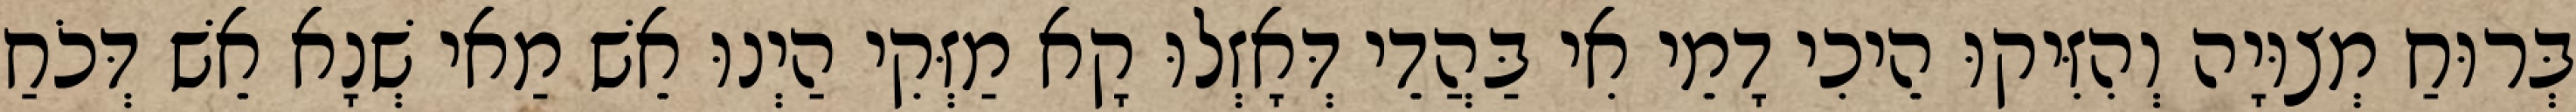
בְּרוּחַ מְצוּיָה וְהִזִּיקוּ הֵיכִי דָמֵי אִי בַּהֲדֵי דְּאָזְלוּ קָא מַזְּקִי הַיְנוּ אֵשׁ מַאי שְׁנָא אֵשׁ דְּכֹחַ